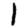
Digit: 1